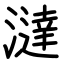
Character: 澾